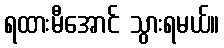
ရထားမီအောင် သွားရမယ်။